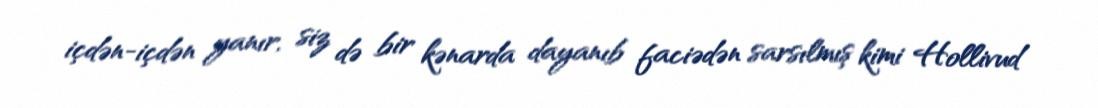
içdən-içdən yanır, siz də bir kənarda dayanıb faciədən sarsılmış kimi Hollivud